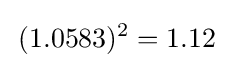
\,(1.0583)^{2}=1.12